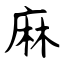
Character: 麻